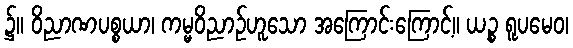
၌။ ဝိညာဏပစ္စယာ၊ ကမ္မဝိညာဉ်ဟူသော အကြောင်းကြောင့်။ ယဉ္စ ရူပမေဝ၊